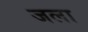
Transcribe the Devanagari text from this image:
जला